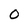
Character: O